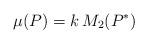
LaTeX: \begin{align*}\mu (P) = k \, M_2(P^*)\end{align*}